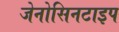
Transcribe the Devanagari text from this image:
जेनोसिनटाइप